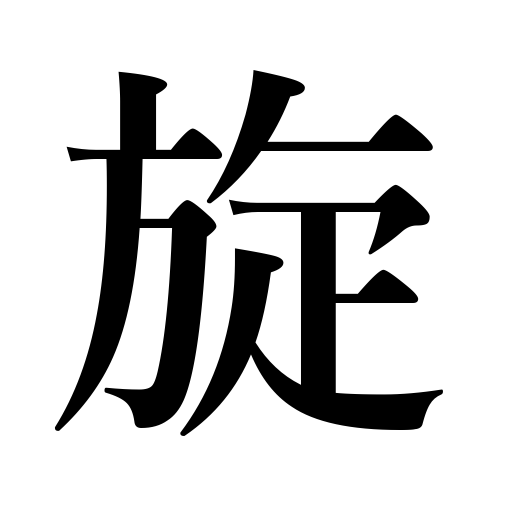
Meanings: go around